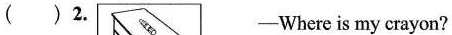
( )2. ——Where is my crayon?